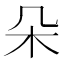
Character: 朵